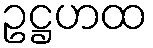
ဥဋ္ဌဟထ